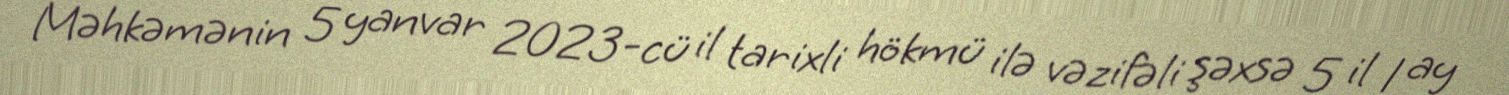
Məhkəmənin 5 yanvar 2023-cü il tarixli hökmü ilə vəzifəli şəxsə 5 il 1 ay